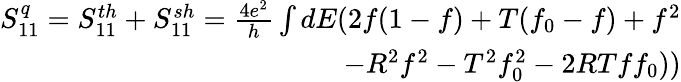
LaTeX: \begin{array}{r}{{S_{11}^{q}=S_{11}^{th}+S_{11}^{sh}=\frac{4e^{2}}{h}\int dE(2f(1-f)+T(f_{0}-f)+f^{2}}}\\ {{-R^{2}f^{2}-T^{2}f_{0}^{2}-2RTff_{0}))}}\end{array}